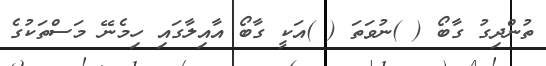
ތުންދިގު ގާބޯ ( )ނުވަތަ ( )އަކީ ގާބޯ އާއިލާގައި ހިމެނޭ މަސްތަކުގެ